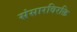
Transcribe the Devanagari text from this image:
संसारविरक्ति